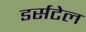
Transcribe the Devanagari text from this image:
डर्सटेल